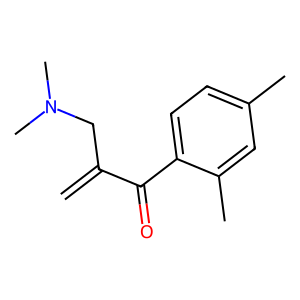
SMILES: C=C(CN(C)C)C(=O)c1ccc(C)cc1C
Inhibits HIV replication: No